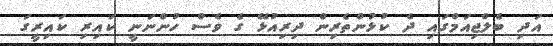
އަދި ބެލްޖިއަމްގައި ދެ ކުޅުންތެރިން ދިރިއުޅޭ ގެ ވެސް ހުންނަނީ ކައިރި ކައިރީގަ